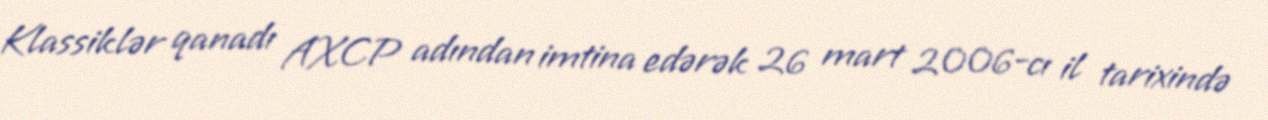
Klassiklər qanadı AXCP adından imtina edərək 26 mart 2006-cı il tarixində